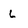
Character: L